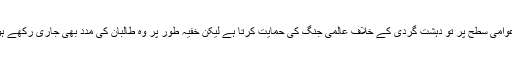
پاکستان عوامی سطح پر تو دہشت گردی کے خلاف عالمی جنگ کی حمایت کرتا ہے لیکن خفیہ طور پر وہ طالبان کی مدد بھی جاری رکھے ہوئے ہے۔